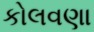
કોલવણા